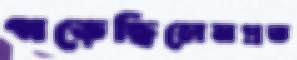
গড়েছিলেনপ্রত